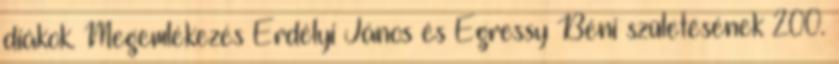
diákok. Megemlékezés Erdélyi János és Egressy Béni születésének 200.